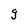
Character: g